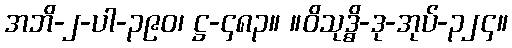
အဘိ-၂-ပါ-၃၉၀၊ ဋ္ဌ-၄၈၃။ ။ဝိသုဒ္ဓိ-ဒု-အုပ်-၃၂၄။